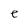
Character: e